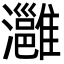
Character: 灉